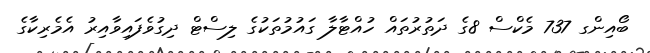
ބޯއިންގ 737 މެކްސް 8ގެ ދަތުރުތައް ހުއްޓާލާ ގައުމުތަކުގެ ލިސްޓް ދިގުވެފައިވާއިރު އެމެރިކާގެ